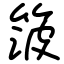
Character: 箥